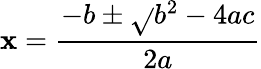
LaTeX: \mathbf{x}=\frac{{-b\pm\sqrt{}{{b^{2}-4ac}}}}{{2a}}